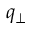
q _ { \perp }